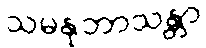
သမနုဘာသန္တာ